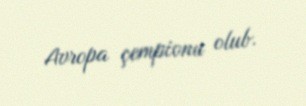
Avropa çempionu olub.